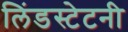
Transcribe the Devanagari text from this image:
लिंडस्टेटनी